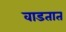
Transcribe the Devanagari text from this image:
वाडतात